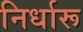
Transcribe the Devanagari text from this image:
निर्धारू